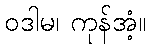
ဝဒါမ၊ ကုန်အံ့။